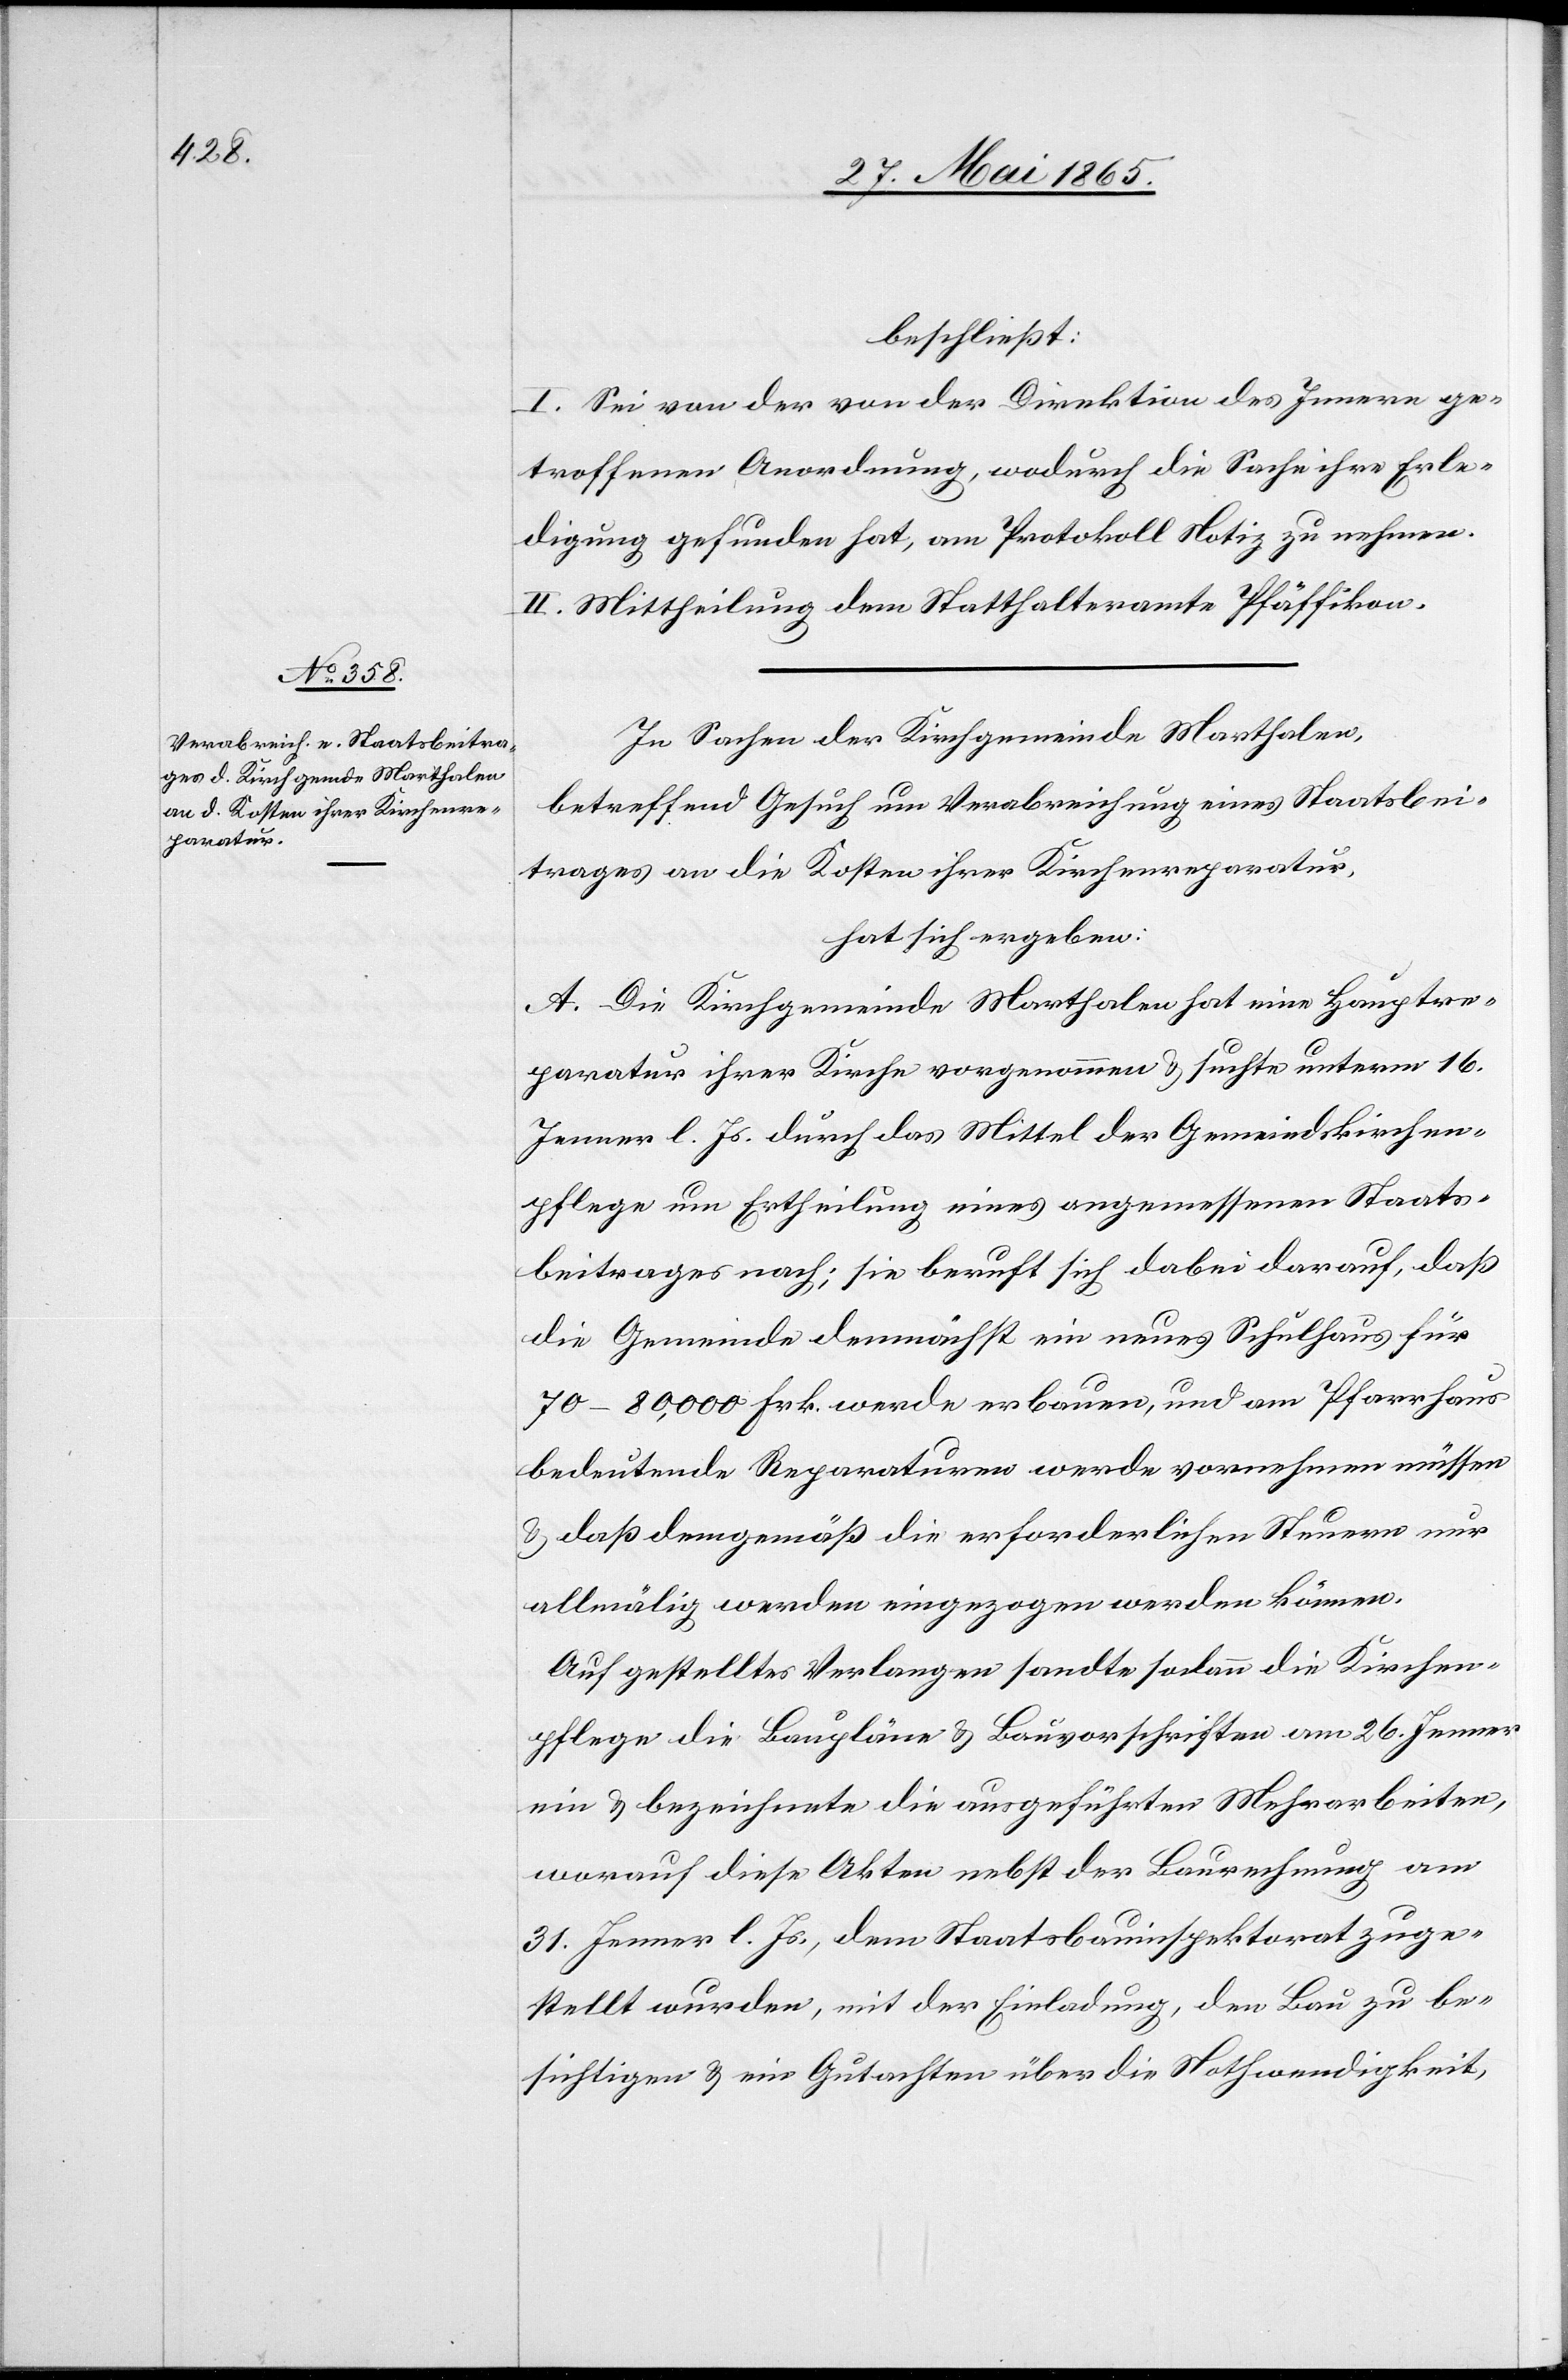
beschließt:
I. Sei von der von der Direktion des Innern ge¬
troffenen Anordnung, wodurch die Sache ihre Erle¬
digung gefunden hat, am Protokoll Notiz zu nehmen.
II. Mittheilung dem Statthalteramte Pfäffikon.
In Sachen der Kirchgemeinde Marthalen,
betreffend Gesuch um Verabreichung eines Staatsbei¬
trages an die Kosten ihrer Kirchenreparatur,
hat sich ergeben:
A. Die Kirchgemeinde Marthalen hat eine Hauptre¬
paratur ihrer Kirche vorgenommen & suchte unterm 16.
Jenner l. Js. durch das Mittel der Gemeindskirchen¬
pflege um Ertheilung eines angemessenen Staats¬
beitrages nach; sie beruft sich dabei darauf, daß
die Gemeinde demnächst ein neues Schulhaus für
70–80,000 Frk. werde erbauen, und am Pfarrhaus
bedeutende Reparaturen werde vornehmen müssen
& daß demgemäß die erforderlichen Steuern nur
allmälig werden eingezogen werden können.
Auf gestelltes Verlangen sandte sodann die Kirchen¬
pflege die Baupläne & Bauvorschriften am 26. Jenner
ein & bezeichnete die ausgeführten Mehrarbeiten,
worauf diese Akten nebst der Baurechnung am
31. Jenner l. Js., dem Staatsbauinspektorat zuge¬
stellt wurden, mit der Einladung, den Bau zu be¬
sichtigen & ein Gutachten über die Nothwendigkeit,